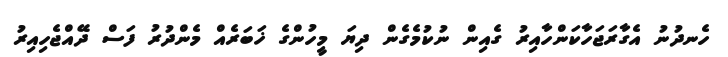
ހެނދުނު އެގާރަޖަހާކަންހާއިރު ގެއިން ނުކުމެގެން ދިޔަ މީހުންގެ ޚަބަރެއް މެންދުރު ފަސް ދޭއްޖެހިއިރު